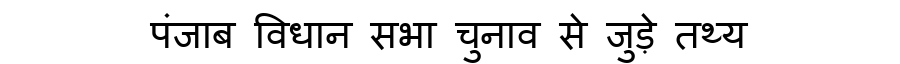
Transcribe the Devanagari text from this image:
पंजाब विधान सभा चुनाव से जुड़े तथ्य